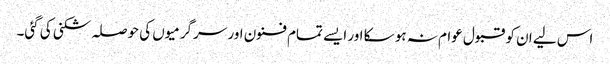
اس لیے ان کو قبول عوام نہ ہو سکا اور ایسے تمام فنون اور سرگرمیوں کی حوصلہ شکنی کی گئی۔